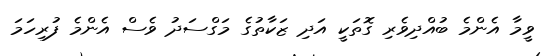
ވީމާ އެންމެ ބުއްދިވެރި ގޮތަކީ އަދި ޒަކާތުގެ މަގްސަދު ވެސް އެންމެ ފުރިހަމަ